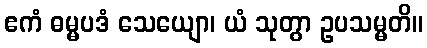
ဧကံ ဓမ္မပဒံ သေယျော၊ ယံ သုတွာ ဥပသမ္မတိ။